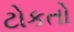
ટોકતો